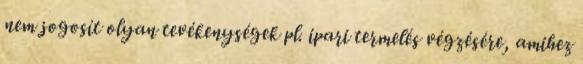
nem jogosít olyan tevékenységek pl. ipari termelés végzésére, amihez